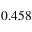
0 . 4 5 8